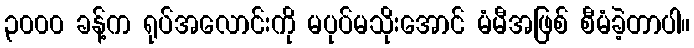
၃၀၀၀ ခန့်က ရုပ်အလောင်းကို မပုပ်မသိုးအောင် မံမီအဖြစ် စီမံခဲ့တာပါ။